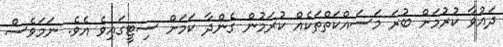
ދައުވާ ކުރުމަށް ބުރަ މަސައްކަތްތަކެއް ކުރަމުން ގެންދާ ކަމަށް ސިޓީގައިވެ އެވެ. ނަމަވެސް